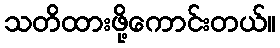
သတိထားဖို့ကောင်းတယ်။